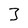
Character: 3